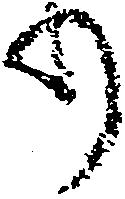
り